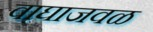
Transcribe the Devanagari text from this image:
वाघाजवळ